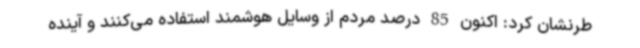
طرنشان کرد: اکنون 85 درصد مردم از وسایل هوشمند استفاده می‌کنند و آینده